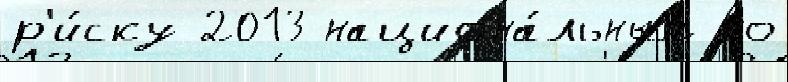
р'и́ску 2013 национа́льным но